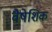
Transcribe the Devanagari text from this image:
वैषेशिक